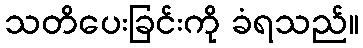
သတိပေးခြင်းကို ခံရသည်။